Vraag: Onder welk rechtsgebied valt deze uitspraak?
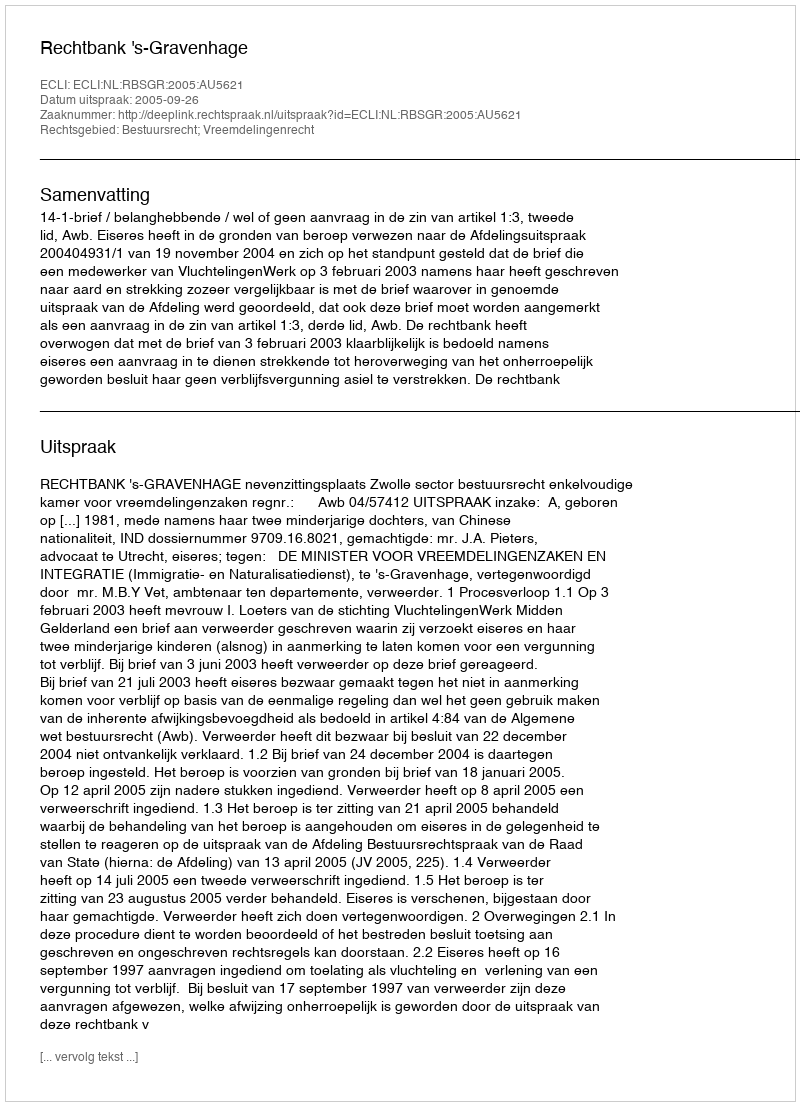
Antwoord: Bestuursrecht; Vreemdelingenrecht